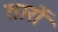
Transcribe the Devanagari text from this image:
तारों